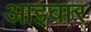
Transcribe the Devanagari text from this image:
आइबार